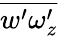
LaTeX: \overline{{w^{\prime}\omega_{z}^{\prime}}}